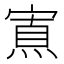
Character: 𡪍